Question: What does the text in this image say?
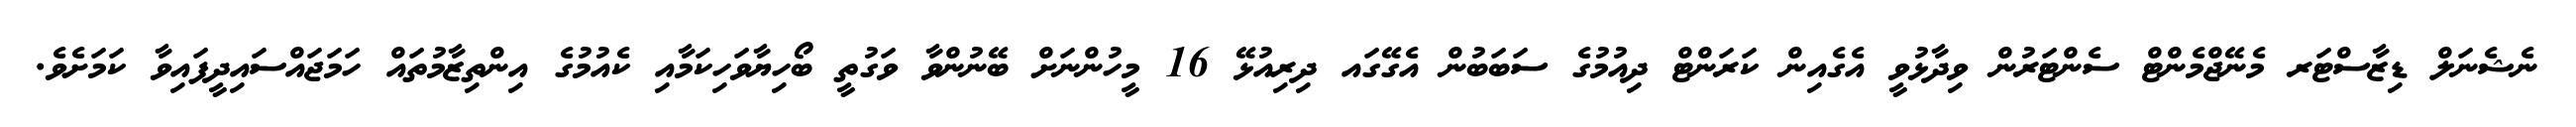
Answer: ނެޝެނަލް ޑިޒާސްޓަރ މެނޭޖްމެންޓް ސެންޓަރުން ވިދާޅުވީ އެގެއިން ކަރަންޓް ދިއުމުގެ ސަބަބުން އެގޭގައ ދިރިއުޅޭ 16 މީހުންނަށް ބޭނުންވާ ވަގުތީ ބޯހިޔާވަހިކަމާއި ކެއުމުގެ އިންތިޒާމުތައް ހަމަޖައްސައިދީފައިވާ ކަމަށެވެ.